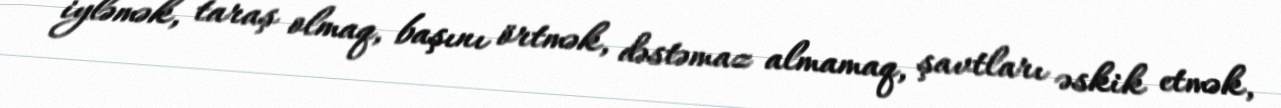
iyləmək, taraş olmaq, başını örtmək, dəstəmaz almamaq, şavtları əskik etmək,